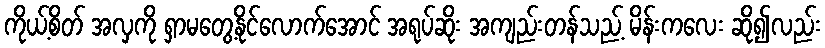
ကိုယ့်စိတ် အလှကို ရှာမတွေ့နိုင်လောက်အောင် အရုပ်ဆိုး အကျည်းတန်သည့် မိန်းကလေး ဆို၍လည်း